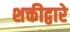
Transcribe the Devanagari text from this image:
शक्तीद्वारे